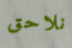
نلاحق